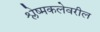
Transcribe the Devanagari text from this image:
श्लेष्मकलेवरील